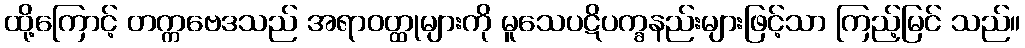
ထို့ကြောင့် တက္ကဗေဒသည် အရာဝတ္ထုများကို မူသေပဋိပက္ခနည်းများဖြင့်သာ ကြည့်မြင် သည်။